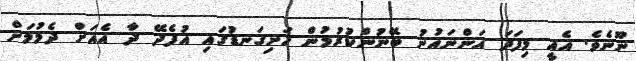
ނޫނެވެ. އެއީ މިފަދަ އަންނައުނު ބޭނުންކުރުމުން ހަށިގަނޑުގައި އުފެދޭ ދާ އެއަށް ދެމުމަށް